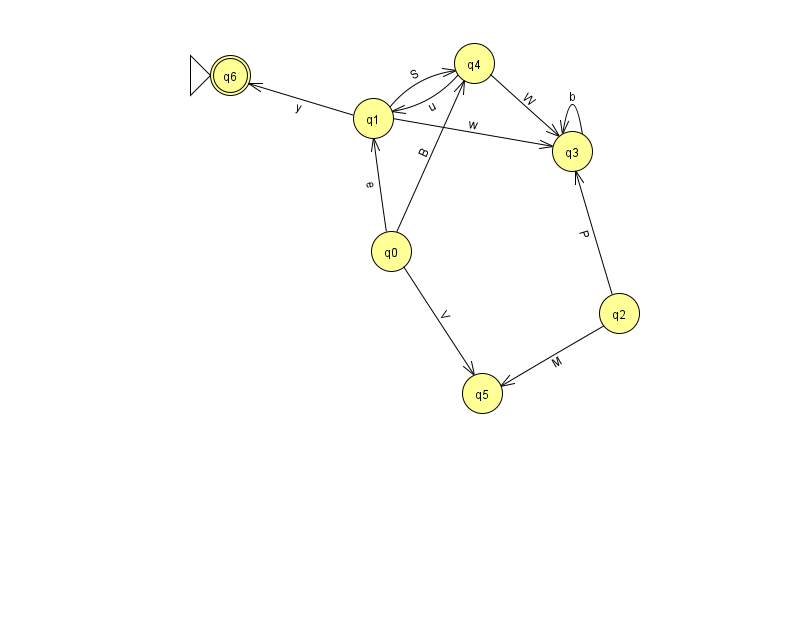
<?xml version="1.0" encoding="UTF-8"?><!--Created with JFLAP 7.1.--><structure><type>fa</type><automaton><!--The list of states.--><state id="0" name="q0"><x>391.0</x><y>238.0</y></state><state id="1" name="q1"><x>373.0</x><y>105.0</y></state><state id="2" name="q2"><x>619.0</x><y>300.0</y></state><state id="3" name="q3"><x>572.0</x><y>138.0</y></state><state id="4" name="q4"><x>474.0</x><y>50.0</y></state><state id="5" name="q5"><x>482.0</x><y>380.0</y></state><state id="6" name="q6"><x>230.0</x><y>62.0</y><initial/><final/></state><!--The list of transitions.--><transition><from>2</from><to>5</to><read>M</read></transition><transition><from>1</from><to>4</to><read>S</read></transition><transition><from>3</from><to>3</to><read>b</read></transition><transition><from>0</from><to>5</to><read>V</read></transition><transition><from>4</from><to>1</to><read>u</read></transition><transition><from>4</from><to>3</to><read>W</read></transition><transition><from>1</from><to>3</to><read>w</read></transition><transition><from>0</from><to>1</to><read>e</read></transition><transition><from>0</from><to>4</to><read>B</read></transition><transition><from>1</from><to>6</to><read>y</read></transition><transition><from>2</from><to>3</to><read>P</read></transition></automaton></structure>